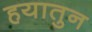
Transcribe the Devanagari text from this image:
हयातुन